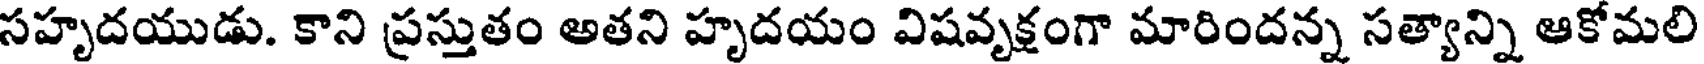
సహృదయుడు. కాని ప్రస్తుతం అతని హృదయం విషవృక్షంగా మారిందన్న సత్యాన్ని ఆకోమలి